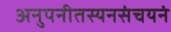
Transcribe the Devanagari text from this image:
अनुपनीतस्यनसंचयनं